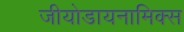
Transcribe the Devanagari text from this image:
जीयोडायनामिक्स